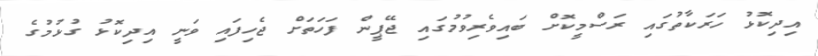
އިދިކޮޅު ހަރަކާތުގައި ރަސްމީކޮށް ބައިވެރިވުމުގައި ޖޭޕީން ފަހަތަށް ޖެހިފައި ވަނީ އިދިކޮޅު ގުޅުމުގެ